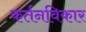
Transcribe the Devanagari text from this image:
कर्तनविकार